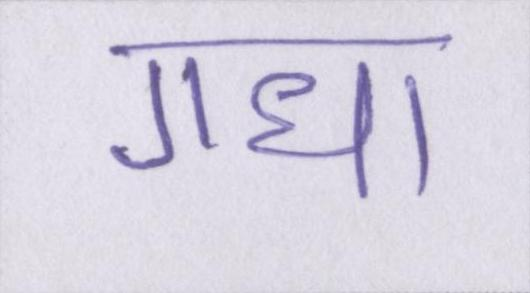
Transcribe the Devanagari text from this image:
गधा